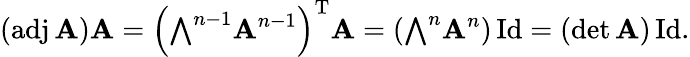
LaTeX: (\operatorname{adj}\mathbf{A})\mathbf{A}=\left({\textstyle\bigwedge}^{n-1}\mathbf{A}^{n-1}\right)^{\mathrm{{T}}}\mathbf{A}=\left({\textstyle\bigwedge}^{n}\mathbf{A}^{n}\right)\operatorname{Id}=(\operatorname*{det}\mathbf{A})\operatorname{Id}.